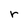
Character: r